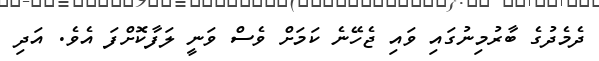
ދެމެދުގެ ބާރުމިނުގައި ވައި ޖެހޭނެ ކަމަށް ވެސް ވަނީ ލަފާކޮށްފަ އެވެ. އަދި